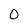
Character: 0